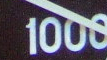
1000